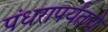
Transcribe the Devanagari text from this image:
पंधरापर्यंतचे